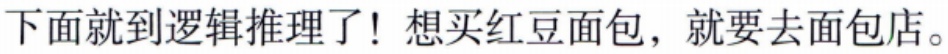
下面就到逻辑推理了！想买红豆面包，就要去面包店。